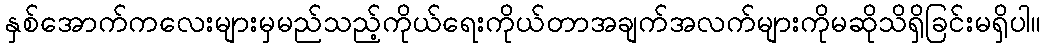
နှစ်အောက်ကလေးများမှမည်သည့်ကိုယ်ရေးကိုယ်တာအချက်အလက်များကိုမဆိုသိရှိခြင်းမရှိပါ။